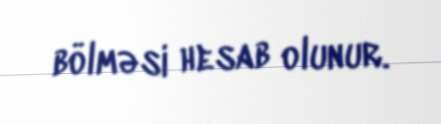
bölməsi hesab olunur.